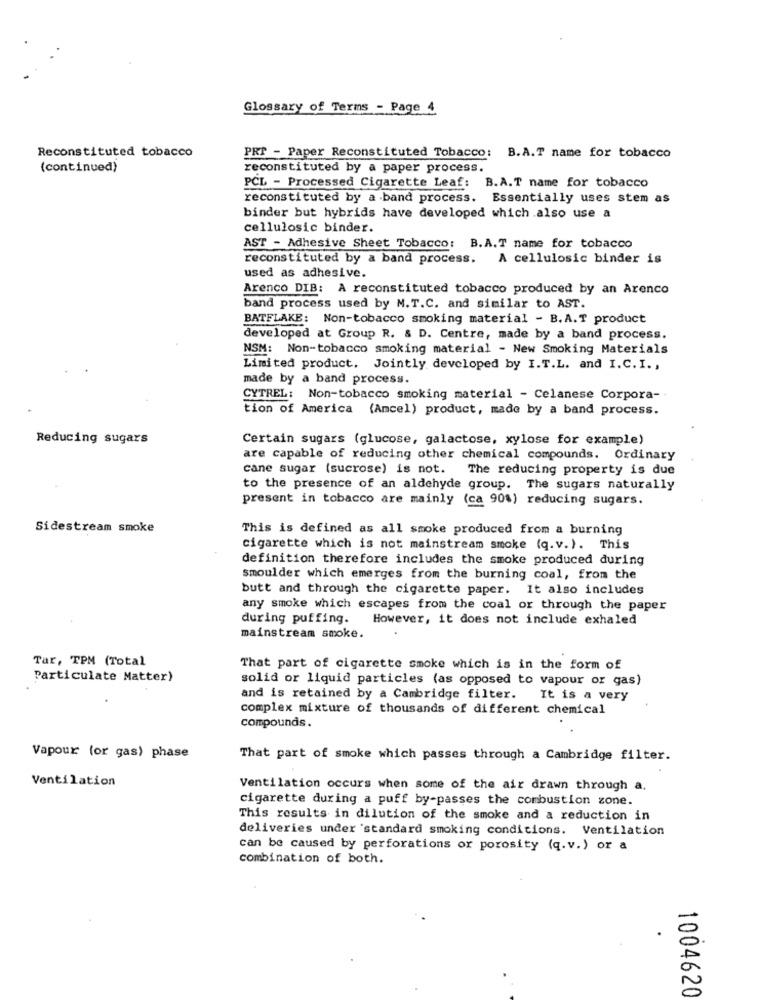
Glossary of Terms - Page 4
Reconstituted tobacco
PRT - Paper Reconstituted Tobacco: B.A.T name for tobacco
(continued)
reconstituted by a paper process.
PCL - Processed Cigarette Leaf: B.A.T name for tobacco
reconstituted by a band process. Essentially uses stem as
binder but hybrids have developed which also use a
cellulosic binder.
AST - Adhesive Sheet Tobacco: B.A.T name for tobacco
reconstituted by a band process.
A cellulosic binder is
used as adhesive.
Arenco DIB: A reconstituted tobacco produced by an Arenco
band process used by M.T.C. and similar to AST.
BATFLAKE: Non-tobacco smoking material - B.A.T product
developed at Group R. & D. Centre, made by a band process.
NSM: Non-tobacco smoking material - New Smoking Materials
Limited product. Jointly developed by I.T.L. and I.C. I .,
made by a band process.
CYTREL: Non-tobacco smoking material - Celanese Corpora-
tion of America (Ancel) product, made by a band process.
Reducing sugars
Certain sugars (glucose, galactose, xylose for example)
are capable of reducing other chemical compounds. Ordinary
cane sugar (sucrose) is not.
The reducing property is due
to the presence of an aldehyde group. The sugars naturally
present in tobacco are mainly (ca 90%) reducing sugars.
Sidestream smoke
This is defined as all smoke produced from a burning
cigarette which is not mainstream smoke (q.v.). This
definition therefore includes the smoke produced during
smoulder which emerges from the burning coal, from the
butt and through the cigarette paper. It also includes
any smoke which escapes from the coal or through the paper
during puffing.
However, it does not include exhaled
mainstream smoke.
Tar, TPM (Total
That part of cigarette smoke which is in the form of
Particulate Matter)
solid or liquid particles (as opposed to vapour or gas)
and is retained by a Cambridge filter.
It is a very
complex mixture of thousands of different chemical
compounds.
Vapour (or gas) phase
That part of smoke which passes through a Cambridge filter.
Ventilation
Ventilation occurs when some of the air drawn through a.
cigarette during a puff by-passes the combustion zone.
This results in dilution of the smoke and a reduction in
deliveries under standard smoking conditions. Ventilation
can be caused by perforations or porosity (q.v.) or a
combination of both.
1004620